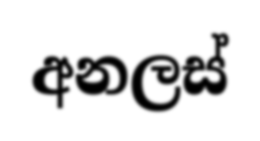
අනලස්